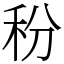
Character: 秎